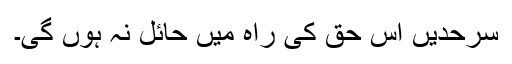
سرحدیں اس حق کی راہ میں حائل نہ ہوں گی۔